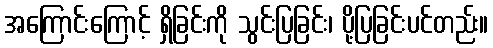
အကြောင်းကြောင့် ရှိခြင်းကို သွင်းပြခြင်း၊ ပို့ပြခြင်းပင်တည်း။